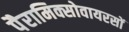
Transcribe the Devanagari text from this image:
पैरामिक्सोवायरसों